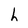
Character: h